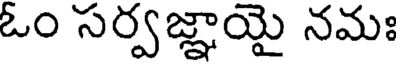
ఓం సర్వజ్ఞాయై నమః